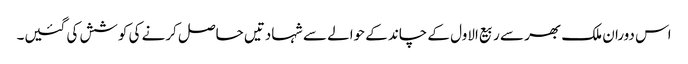
اس دوران ملک بھر سے ربیع الاول کے چاند کے حوالے سے شہادتیں حاصل کرنے کی کوشش کی گئیں۔